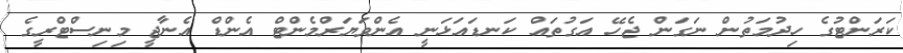
ކަރަންޓުގެ ހިދުމަތުން ނަގަން ޖެހޭ އަގުތައް ކަނޑައަޅަނީ އެންވަޔަރްމެންޓް އެންޑް އެނާޖީ މިނިސްޓްރީގެ